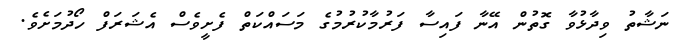
ނަޝާތު ވިދާޅުވާ ގޮތުން އޭނާ ފައިސާ ފަރުމާކުރުމުގެ މަސައްކަތް ފެށީވެސް އެޝަރަފް ހޯދުމަށެވެ.